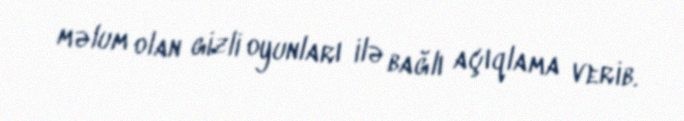
məlum olan gizli oyunları ilə bağlı açıqlama verib.